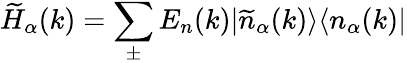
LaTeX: \widetilde{H}_{\alpha}(k)=\sum_{\pm}E_{n}(k)|\widetilde{n}_{\alpha}(k)\rangle\langle n_{\alpha}(k)|